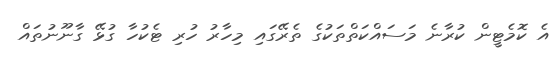
އެ ކޮމެޓީން ކުރާނެ މަސައްކަތްތަކުގެ ތެރޭގައި މިހާރު ހުރި ޓެކުހާ ގުޅޭ ގާނޫނުތައް